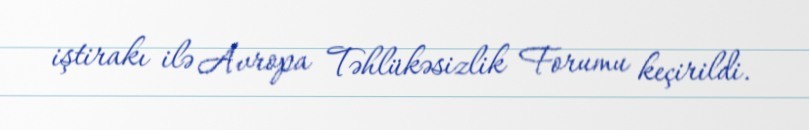
iştirakı ilə Avropa Təhlükəsizlik Forumu keçirildi.